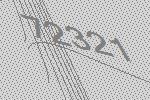
72321